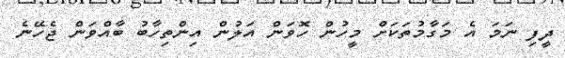
ދީފި ނަމަ އެ މަގާމުތަކަށް މީހުން ހޮވަން އަލުން އިންތިހާބު ބާއްވަން ޖެހޭނެ